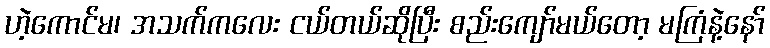
ဟဲ့ကောင်မ၊ အသက်ကလေး ငယ်တယ်ဆိုပြီး စည်းကျော်မယ်တော့ မကြံနဲ့နော်